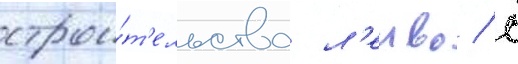
строи́т'ельства л'енво / с